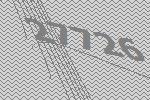
27726